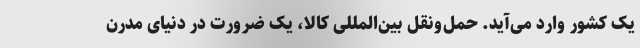
یک کشور وارد می‌آید. حمل‌ونقل بین‌المللی کالا، یک ضرورت در دنیای مدرن